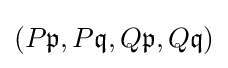
(P{\mathfrak {p}},P{\mathfrak {q}},Q{\mathfrak {p}},Q{\mathfrak {q}})